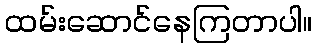
ထမ်းဆောင်နေကြတာပါ။